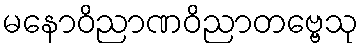
မနောဝိညာဏဝိညာတဗ္ဗေသု